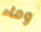
وماء